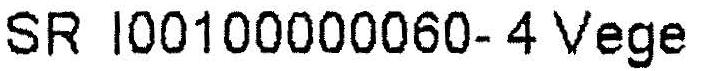
SR I00100000060-4 VEGE